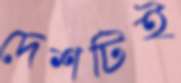
দেশটিই